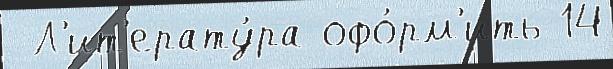
 Л'ит'ерату́ра офо́рм'ить 14